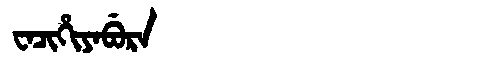
Manchu: ᠸᠠᠴᡳᡥᡳᠶᠠᠪᡠᡵᠠ
Romanization: WACIHIYABURA